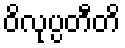
ဝိလုပ္ပတီတိ